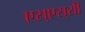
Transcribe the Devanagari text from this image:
एस्‌एस्‌सी